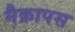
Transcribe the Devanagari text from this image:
मैक्रापस